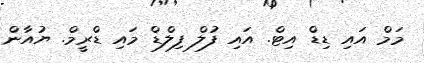
މަމް އައި ޑިޑް އިޓް. އައި ފުލް ފިލްޑް މައި ޑްރީމް. ޔުއާން